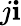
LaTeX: j\mathbf{i}